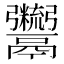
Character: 𩱯